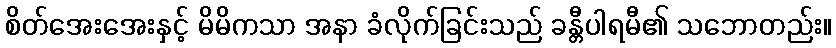
စိတ်အေးအေးနှင့် မိမိကသာ အနာ ခံလိုက်ခြင်းသည် ခန္တီပါရမီ၏ သဘောတည်း။